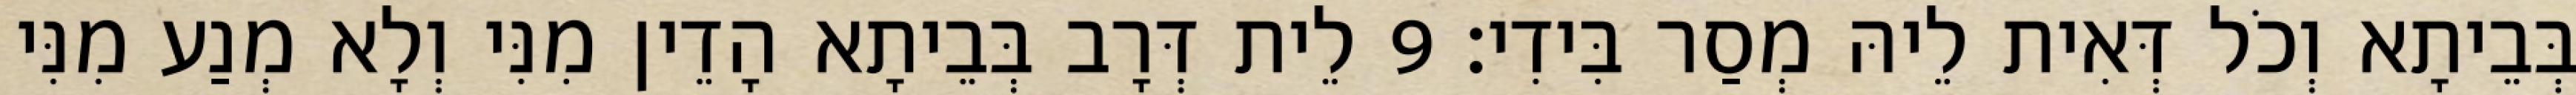
בְּבֵיתָא וְכֹל דְּאִית לֵיהּ מְסַר בִּידִי׃ 9 לֵית דְּרָב בְּבֵיתָא הָדֵין מִנִּי וְלָא מְנַע מִנִּי